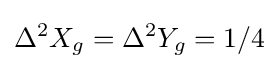
\Delta ^{2}X_{g}=\Delta ^{2}Y_{g}=1/4